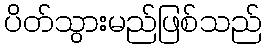
ပိတ်သွားမည်ဖြစ်သည်